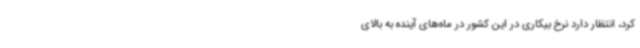
کرد، انتظار دارد نرخ بیکاری در این کشور در ماه‌های آینده به بالای